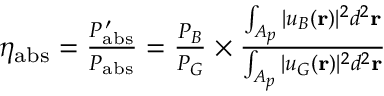
\begin{array} { r } { \eta _ { \mathrm { a b s } } = \frac { P _ { \mathrm { a b s } } ^ { \, \prime } } { P _ { \mathrm { a b s } } } = \frac { P _ { B } } { P _ { G } } \times \frac { \int _ { A _ { p } } \vert u _ { B } ( \mathbf { r } ) \vert ^ { 2 } d ^ { 2 } \mathbf { r } } { \int _ { A _ { p } } \vert u _ { G } ( \mathbf { r } ) \vert ^ { 2 } d ^ { 2 } \mathbf { r } } } \end{array}